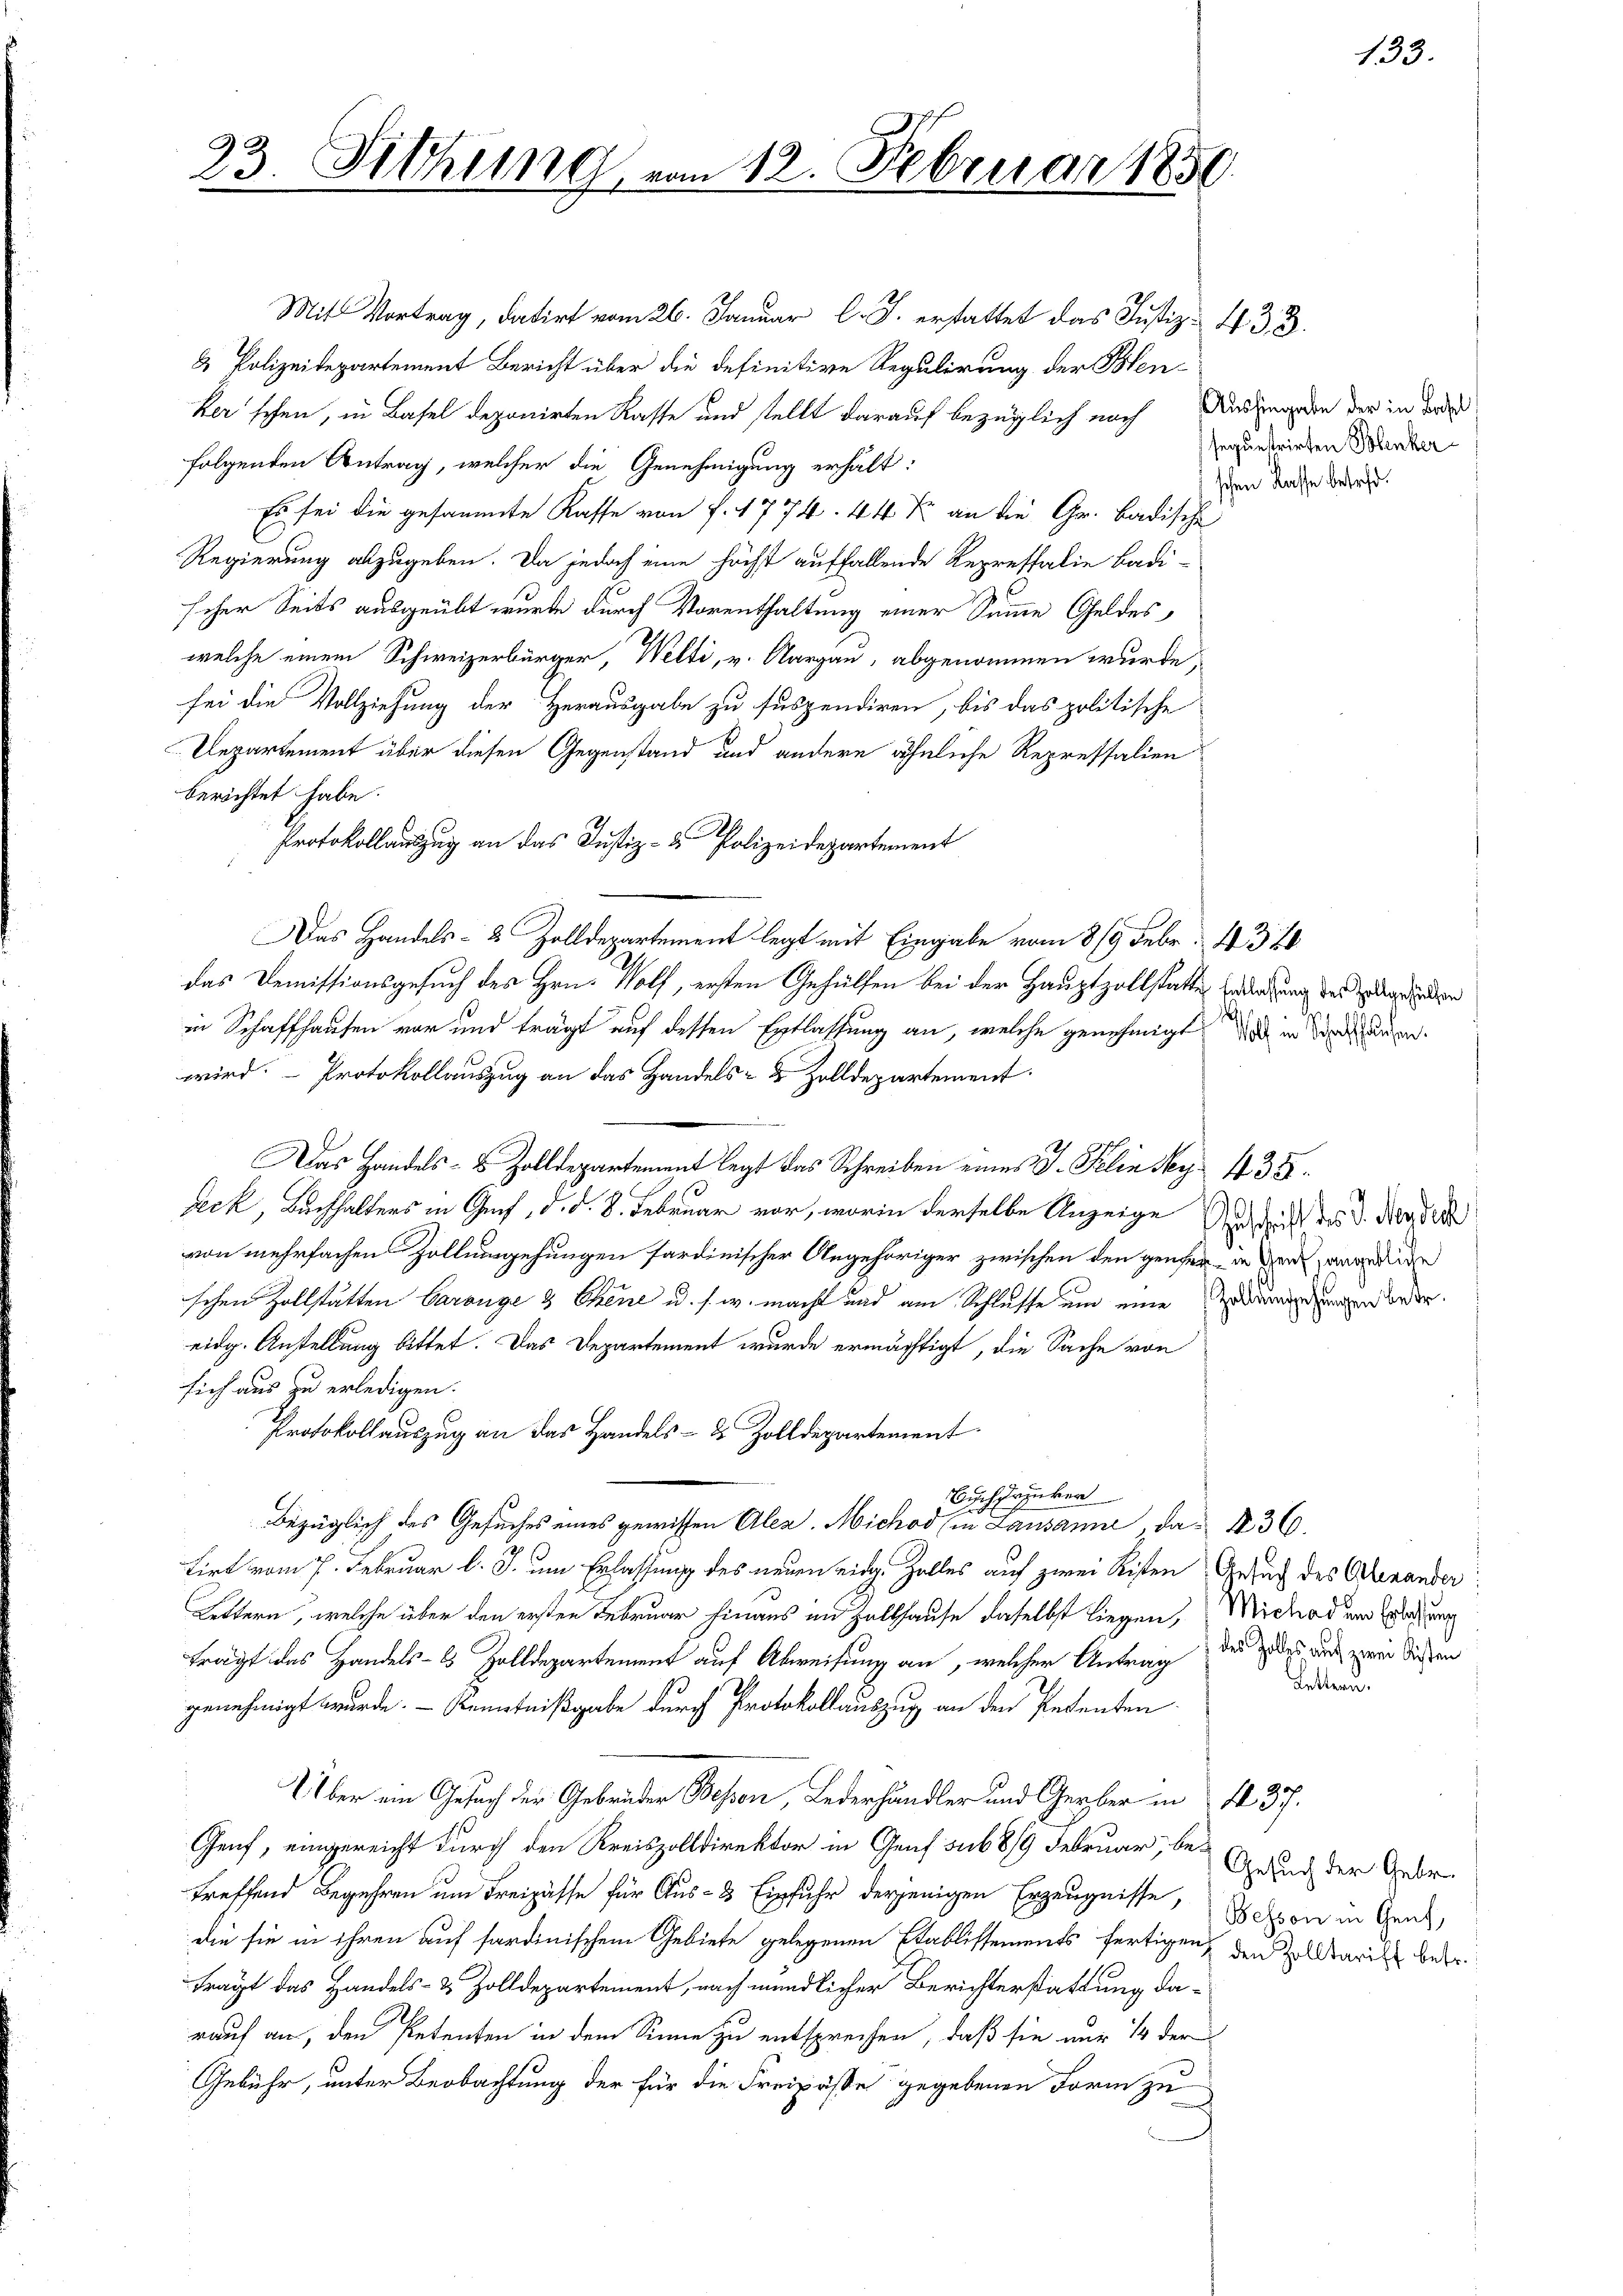
23. Sitzung vom 12. Februar 1850

Mit Vortrag, datirt vom 26. Januar l. J. erstattet das Justiz- 433
& Polizeidepartement Bericht über die definitive Regulirung der Hen-
ker schen, in Basel deponirten Kasse und stellt darauf bezüglich nach Auszugeden der in der
folgenden Antrag, welcher die Genehmigung erhält:
Es sei die gesammte Kasse von f. 1774. 44 Xr an die Gr. badische
Regierung abzugeben. Da jedoch eine höchst auffallende Repressalie Badi-
scher Seits ausgeübt wurde durch Vorenthaltung einer Summe Geldeswelche einem Schweizerbürger, Welti, v. Aargau, abgenommen wurde,
sei die Vollziehung der Herausgabe zu suspendiren, bis das politische
Departement über diesen Gegenstand und andere ähnliche Repressalienberichtet habe.
Protokollauszug an das Justiz- & Polizeidepartement
Das Handels- 2 Zolldepartement legt mit Eingabe vom 8/9 Febr. 1340
das Demissionsgesuch des Hrn. Wolf, ersten Gehülfen bei der Hauptzollstatte Endingung der geden
in Schaffhausen vor und trägt auf dessen Entlassung an, welche genehmigt die in angewird. - Protokollauszug an das Handels- & Zolldepartement.
Das Handels- & Zolldepartement legt das Schreiben eines I. Pelin sy 435.
Beck, Buchhalters in Ges. d. d. 8. Februar vor, worin derselbe Anzeige Seit des d. Monder
von mehrfachen Zollumgehungen fardinischer Angehöriger zwischen den genser - in den an der
schen Zollstätten Garange & Chene u. s. w. macht und am Schlusse um eine Waldungehungen bede
eidg. Anstellung bittet. Das Departement wurde ermächtigt, die Sache von
sich aus zu erledigen.
Protokollauszug an das Handels- & Zolldepartement
Trunker
Auf
bezüglich des Gesuches eines gewissen Aler. Michod (in Lausanne, das No 36.
tirt vom 7. Februar l. J. um Erlassung des neuen eidg. Zelles auf zwei Kisten Gesuch des Alexander
Lettern, welche über den ersten Februar hinaus im Zollhause daselbst liegen, Michad und Erledigung
trägt das Handels- es Zolldepartement auf Abweisung an, welcher Antrag der jedes und zwei Sichen
genehmigt wurde. - Kenntnißgabe durch Protokollauszug an den Petenten.
Über ein Gesuch der Gebrüder Bessen, Lederhändler und Gerber in 1437.
Genf, eingereicht durch den Kreiszolldirektor in Genf sub 8/9 Februar, betreffend Begehren um Freipässe für Aus- & Einfuhr derjenigen Erzeugnisse, Beton in Gend
die sie in ihren auf fardinischem Gebiete gelegenen Stablissements fertigen, den Zolltarill betr.
fragt das Handels- & Zolldepartement, nach mündlicher Berichterstattung darauf an, den Petenten in dem Sinne zu entsprechen, daß sie nur 14 der
Gebühr, unter Beobachtung der für die Freipässe gegebenen Form zu

133.

sequestrirten Benkerschen Kasse besold.

Lettern.

Gesuch der Gebr.